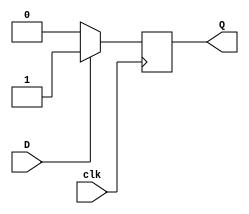
module dff(D,clk,Q);
  input D,clk;
  output reg Q;
  always @(posedge clk)
  begin
    if(D==0)
       Q=0;
    else
      Q=1;
       end
endmodule